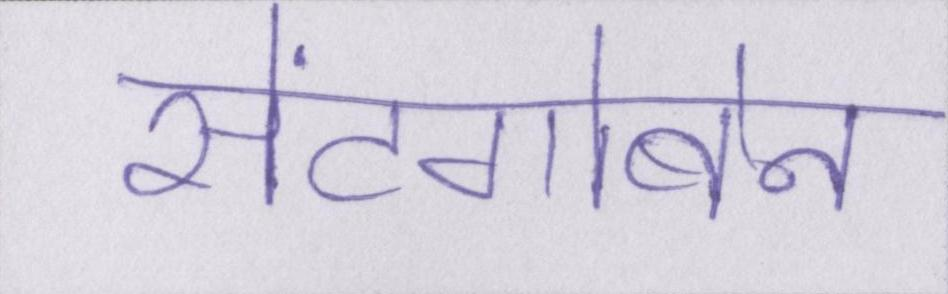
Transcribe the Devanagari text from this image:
सेंटगोबेन